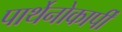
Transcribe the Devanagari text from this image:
पार्थेनोकार्पी